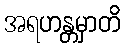
အရဟန္တမှာတိ